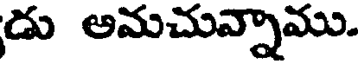
డు అమచున్నాము.